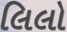
લિલો